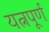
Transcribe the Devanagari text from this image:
यत्नपूर्ण